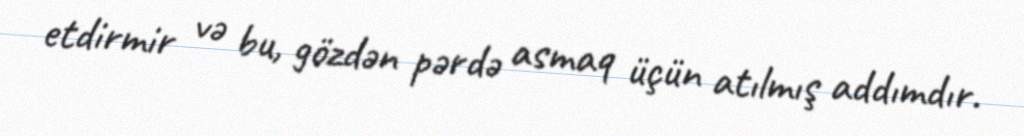
etdirmir və bu, gözdən pərdə asmaq üçün atılmış addımdır.